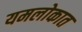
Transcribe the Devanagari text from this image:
यमलोकात